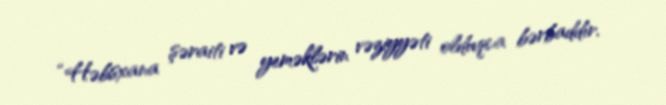
“Həbsxana şəraiti və yeməklərin vəziyyəti olduqca bərbaddır.